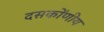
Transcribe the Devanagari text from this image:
दसकोंणीय